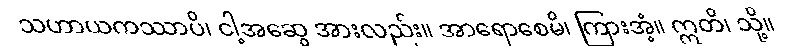
သဟာယကဿာပိ၊ ငါ့အဆွေ အားလည်း။ အာရောစေမိ၊ ကြားအံ့။ ဣတိ၊ သို့။